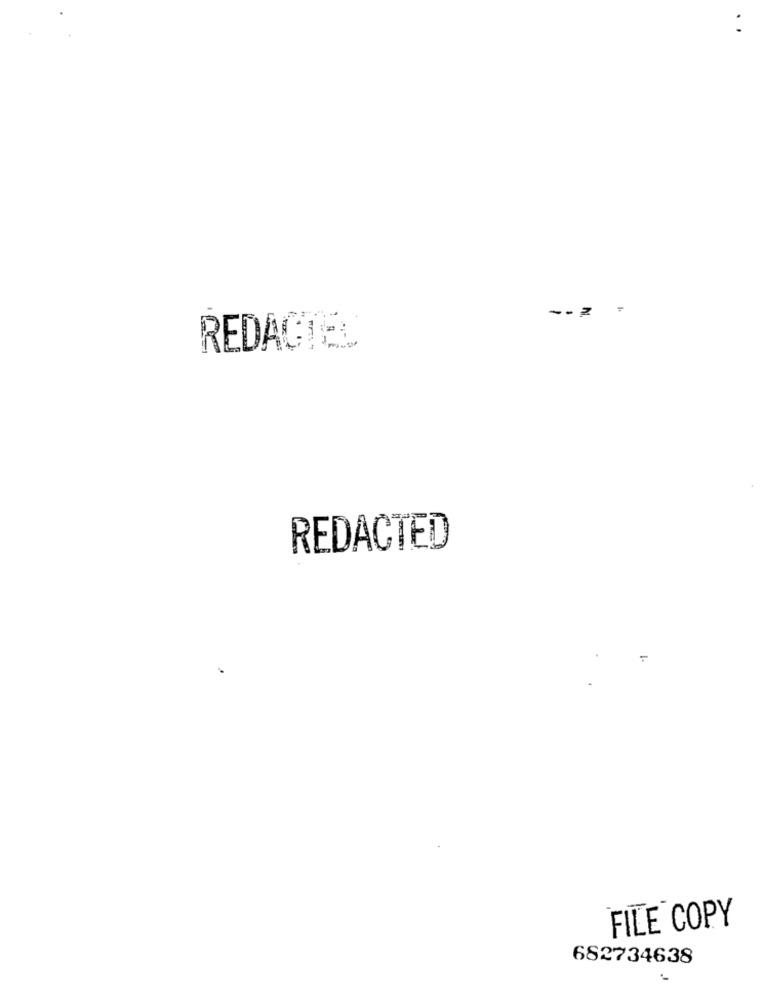
REDAGTEL
REDACTED
FILE COPY
682734638